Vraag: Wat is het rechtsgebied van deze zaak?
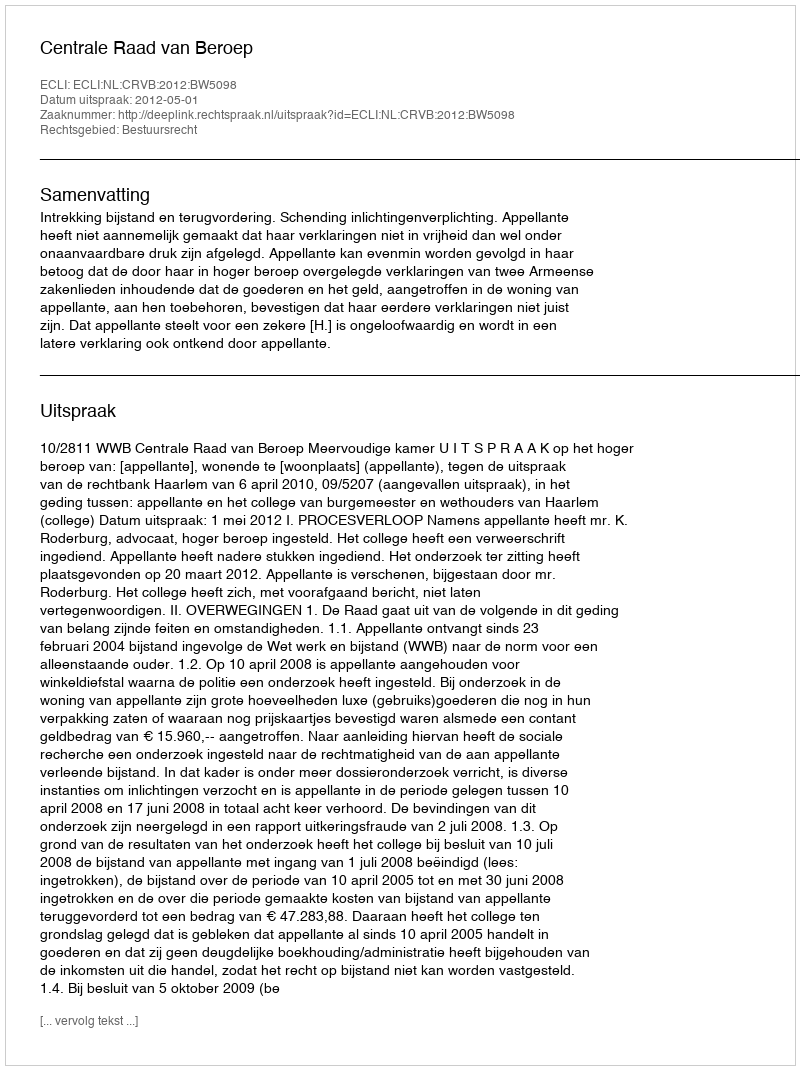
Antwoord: Bestuursrecht